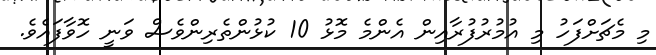
މި މެޗަށްފަހު މި އުމުރުފުރާއިން އެންމެ މޮޅު 10 ކުޅުންތެރިންވެސް ވަނީ ހޮވާފައެވެ.